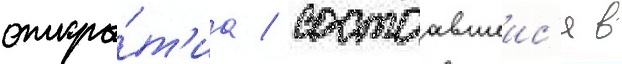
откры́т'иа / состоавшеис'я в